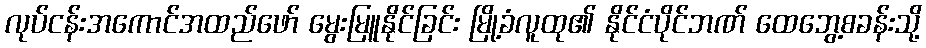
လုပ်ငန်းအကောင်အထည်ဖော် မွေးမြူနိုင်ခြင်း မြို့ခံလူထု၏ နိုင်ငံပိုင်ဘဏ် ထေဘွေ့စခန်းသို့